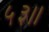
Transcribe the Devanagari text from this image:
५३।।